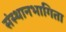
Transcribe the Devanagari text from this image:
संस्थानभागिता